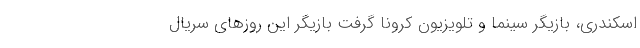
اسکندری، بازیگر سینما و تلویزیون کرونا گرفت بازیگر این روزهای سریال